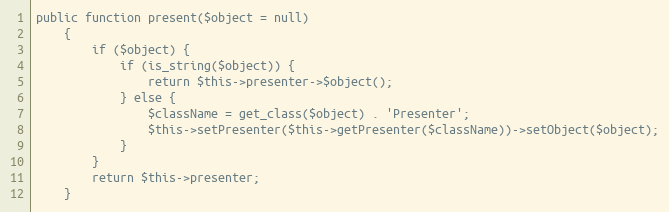
Language: PHP
public function present($object = null)
    {
        if ($object) {
            if (is_string($object)) {
                return $this->presenter->$object();
            } else {
                $className = get_class($object) . 'Presenter';
                $this->setPresenter($this->getPresenter($className))->setObject($object);
            }
        }
        return $this->presenter;
    }